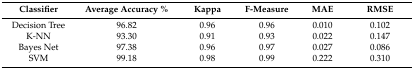
| Classifier | Average Accuracy % | Kappa | F-Measure | MAE | RMSE |
 | --- | --- | --- | --- | --- | --- |
 | Decision Tree | 96.82 | 0.96 | 0.96 | 0.010 | 0.102 |
 | K-NN | 93.30 | 0.91 | 0.93 | 0.022 | 0.147 |
 | Bayes Net | 97.38 | 0.96 | 0.97 | 0.027 | 0.086 |
 | SVM | 99.18 | 0.98 | 0.99 | 0.222 | 0.310 |